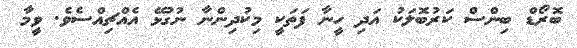
ބޮރޯޑް ބިންސް ކަރުބޮލަކު އަދި ހީނާ ފަތަކީ މިކުދިންނާ ނުގުޅޭ އެއްޗިއްސެވެ. ވީމާ